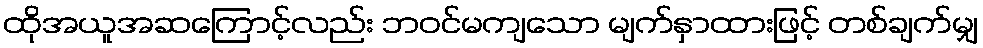
ထိုအယူအဆကြောင့်လည်း ဘဝင်မကျသော မျက်နှာထားဖြင့် တစ်ချက်မျှ